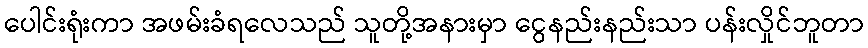
ပေါင်းရုံးကာ အဖမ်းခံရလေသည် သူတို့အနားမှာ ငွေနည်းနည်းသာ ပန်းလှိုင်ဘူတာ